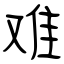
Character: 难